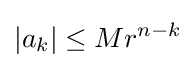
|a_{k}|\leq Mr^{n-k}